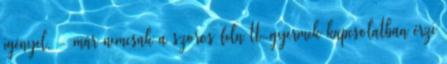
igényel, - már nemcsak a szoros felnıtt-gyermek kapcsolatban érzi